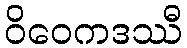
ဝိဝေကဒဿီ